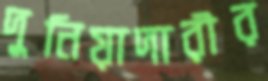
দুনিয়াদারীর